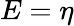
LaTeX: E=\eta